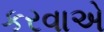
કરવાએ